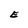
Character: E